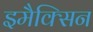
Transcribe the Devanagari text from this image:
इमैक्सिन